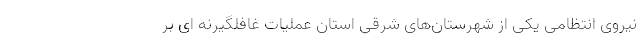
نیروی انتظامی یکی از شهرستان‌های شرقی استان عملیات غافلگیرنه ای بر